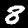
Digit: 8